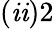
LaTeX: (\mathit{i}\mathit{i})2